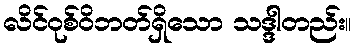
လိင်ဝုစ်ဝိဘတ်ရှိသော သဒ္ဒါတည်း။